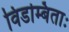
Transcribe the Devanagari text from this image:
विडम्बिताः